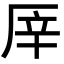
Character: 厗